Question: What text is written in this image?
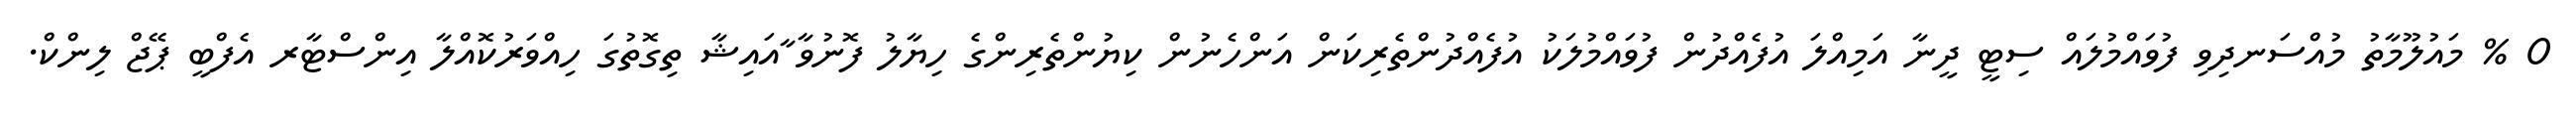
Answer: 0 % މައުލޫމާތު މުއްސަނދިވި ފުވައްމުލައް ސިޓީ ދީނާ އަމިއްލަ އުފެއްދުން ފުވައްމުލަކު އުފެއްދުންތެރިކަން އަންހެނުން ކިޔުންތެރިންގެ ހިޔާލު ފޮނުވާ ާއައިޝާ ތިގޮތުގަ ހިއްވަރުކޮއްލާ އިންސްޓާރ އެފްބީ ޕޭޖް ލިންކް.